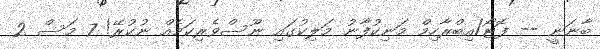
ބާނަނީ -- ފޮޓޯ/އިބްރާހިމް މަނިކުފާނު މަލިކުގައި ނޫސްވެރިކަމެއް ނުކުރޭ! 7 މަސް 2